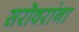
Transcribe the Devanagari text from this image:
सरॊवरांना